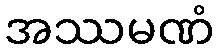
အဿမဏံ